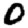
Digit: 0